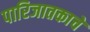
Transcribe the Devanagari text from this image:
पारिजातकाचे